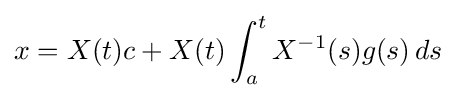
x=X(t)c+X(t)\int _{a}^{t}X^{-1}(s)g(s)\,ds